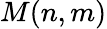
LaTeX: M(n,m)